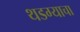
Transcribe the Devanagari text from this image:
थडग्याचा